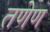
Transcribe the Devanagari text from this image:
तणेण